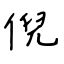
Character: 倪